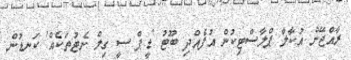
ރާއްޖޭން އުކާލާ ޕްލާސްޓިކުން އުފެއްދި ބޫޓު 'ޑީޕް ސީ ގިލް ނެޓުތަކެއް' ކަނޑުން